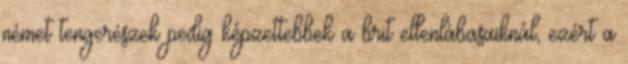
német tengerészek pedig képzettebbek a brit ellenlábasaiknál, ezért a